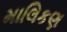
માલિકણ